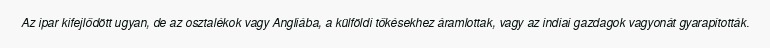
Az ipar kifejlődött ugyan, de az osztalékok vagy Angliába, a külföldi tőkésekhez áramlottak, vagy az indiai gazdagok vagyonát gyarapították.